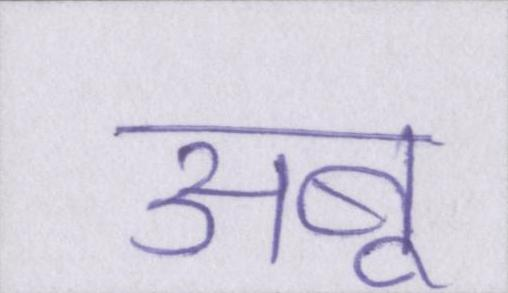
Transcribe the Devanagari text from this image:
अबू